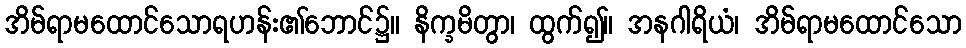
အိမ်ရာမထောင်သောရဟန်း၏ဘောင်၌။ နိက္ခမိတွာ၊ ထွက်၍။ အနဂါရိယံ၊ အိမ်ရာမထောင်သော